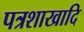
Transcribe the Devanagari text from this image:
पत्रशाखादि